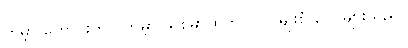
ကမ္ဘာ ဟောင်းတွင် ကမ္ဘာ သစ်မှာထက် လိပ် မျိုးစုံ ပေါ များသည်။